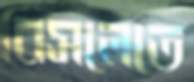
বিসলেতে